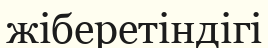
жіберетіндігі